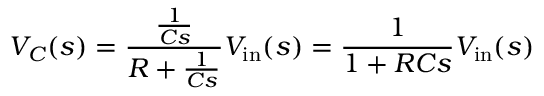
V _ { C } ( s ) = { \frac { \frac { 1 } { C s } } { R + { \frac { 1 } { C s } } } } V _ { \mathrm { i n } } ( s ) = { \frac { 1 } { 1 + R C s } } V _ { \mathrm { i n } } ( s )